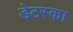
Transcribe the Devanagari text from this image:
डेटस्का